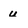
Character: u